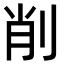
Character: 削